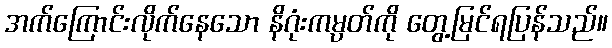
အက်ကြောင်းလိုက်နေသော နိဂုံးကမ္ပတ်ကို တွေ့မြင်ရပြန်သည်။